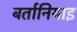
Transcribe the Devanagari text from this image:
बर्तानियाइ